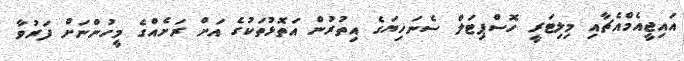
އައިޖީއެމްއެޗާއި މިލިޓަރީ ހޮސްޕިޓަލް ސެނަހިޔަގެ އިތުރުން އަތޮޅުތަކުގެ އަށް ރަށެއްގެ މީހުންނަށް ފަރުވާ